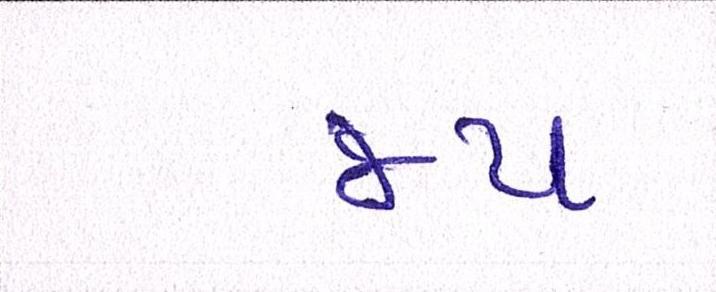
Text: જય